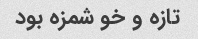
تازه و خو شمزه بود